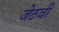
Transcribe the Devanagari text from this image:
जेठवी